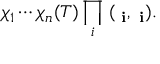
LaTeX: \chi _ { 1 } \cdots \chi _ { n } ( T ) \prod _ { i } \; ( { \bf \Psi _ { i } } , { \bf \Phi _ { i } } ) .